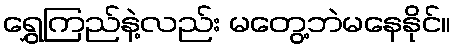
ရွှေကြည်နဲ့လည်း မတွေ့ဘဲမနေနိုင်။